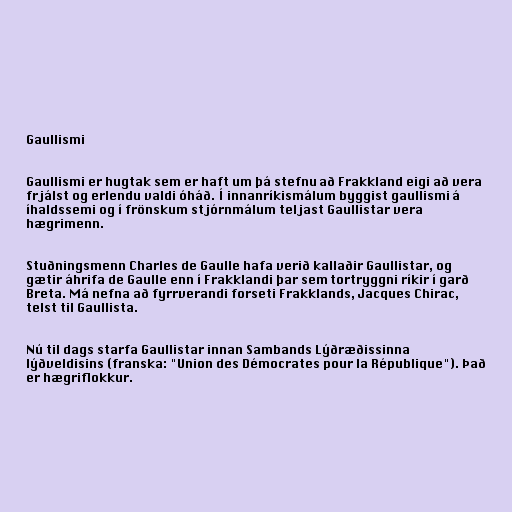
Gaullismi

Gaullismi er hugtak sem er haft um þá stefnu að Frakkland eigi að vera
frjálst og erlendu valdi óháð. Í innanríkismálum byggist gaullismi á
íhaldssemi og í frönskum stjórnmálum teljast Gaullistar vera
hægrimenn.

Stuðningsmenn Charles de Gaulle hafa verið kallaðir Gaullistar, og
gætir áhrifa de Gaulle enn í Frakklandi þar sem tortryggni ríkir í garð
Breta. Má nefna að fyrrverandi forseti Frakklands, Jacques Chirac,
telst til Gaullista.

Nú til dags starfa Gaullistar innan Sambands Lýðræðissinna
lýðveldisins (franska: "Union des Démocrates pour la République"). Það
er hægriflokkur.